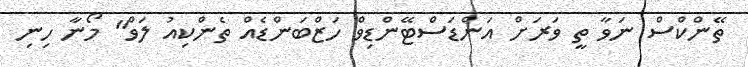
ތޭންކްސް ނަވާ ތީ ވަރަށް އަންޑަސްޓޭންޑިވް ހަޒްބަންޑެއް ތެންކިއު ލަވް" މޯނާ ހިނި